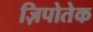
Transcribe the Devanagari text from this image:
ज़िपोतेक